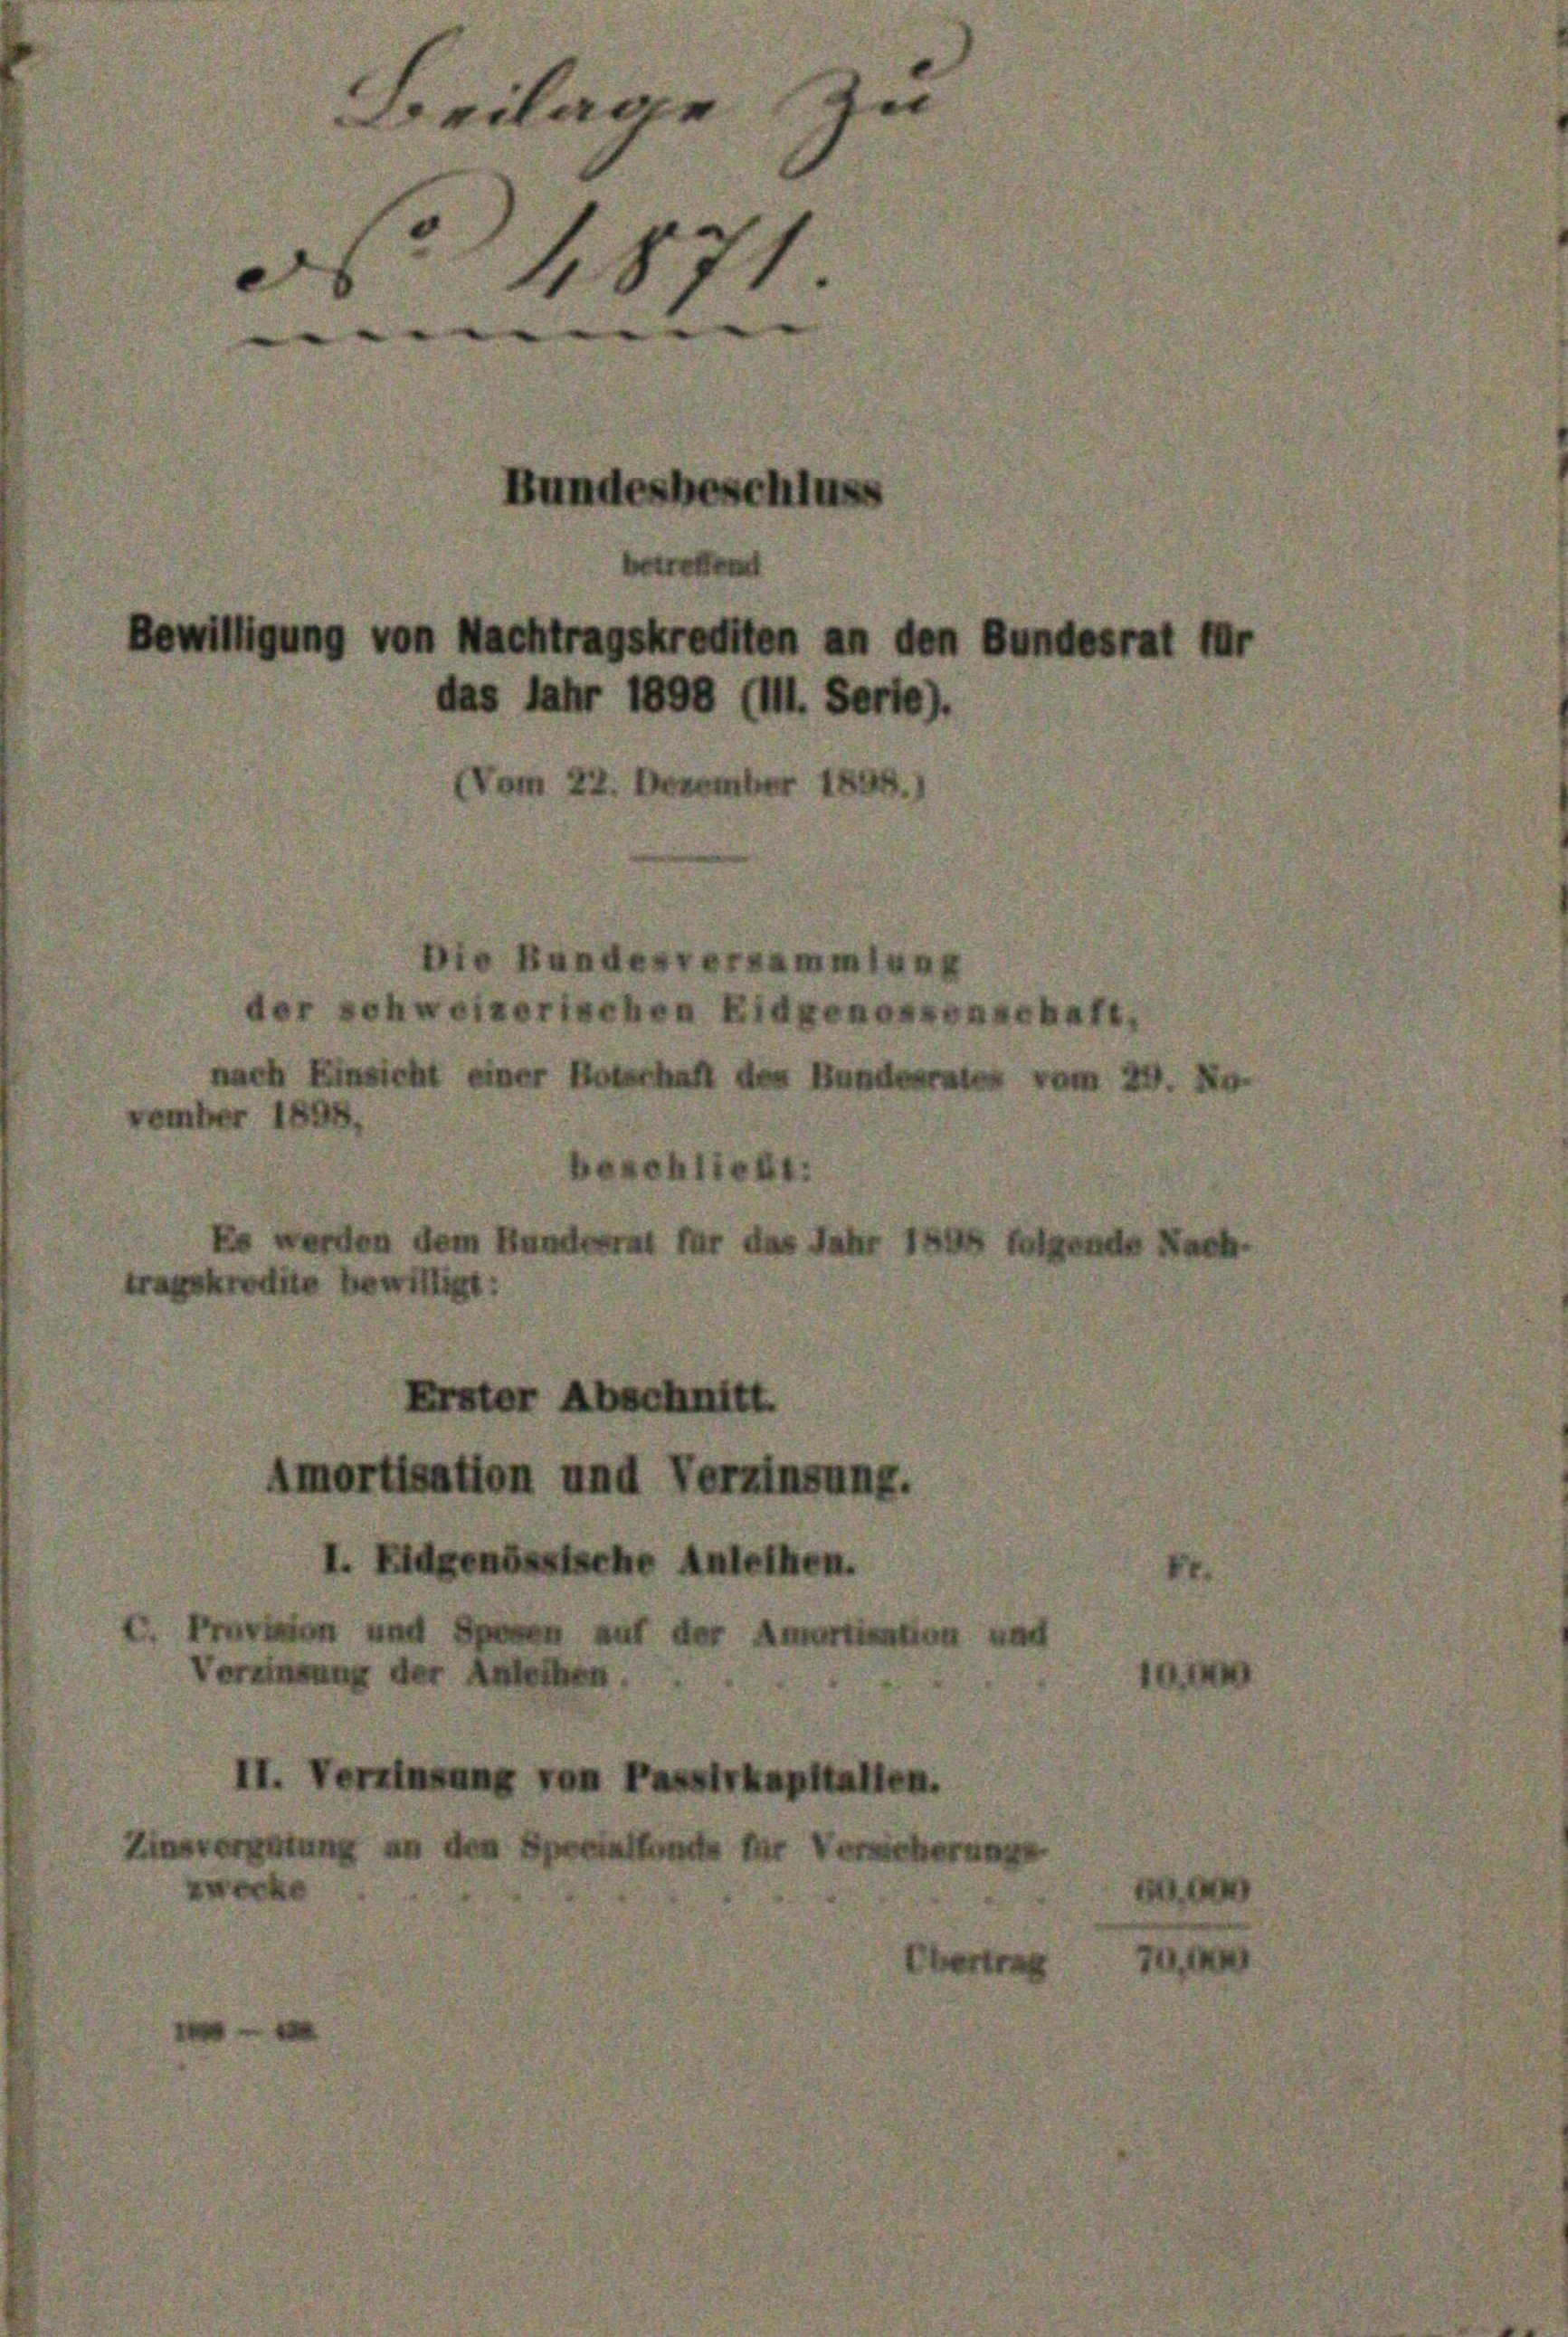
ilar

bewilligung von Nachtragskreiften an den

mortisation

8 Jahr 1898 (1. Sorte
22. Deren

undesbeschluss

Eidgenössische Anle

weizerisch
enes
n der
velite be